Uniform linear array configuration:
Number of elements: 48
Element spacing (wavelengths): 0.5
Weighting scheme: kaiser
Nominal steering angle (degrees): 30
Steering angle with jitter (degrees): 31.958
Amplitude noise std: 0.05
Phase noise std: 0.05

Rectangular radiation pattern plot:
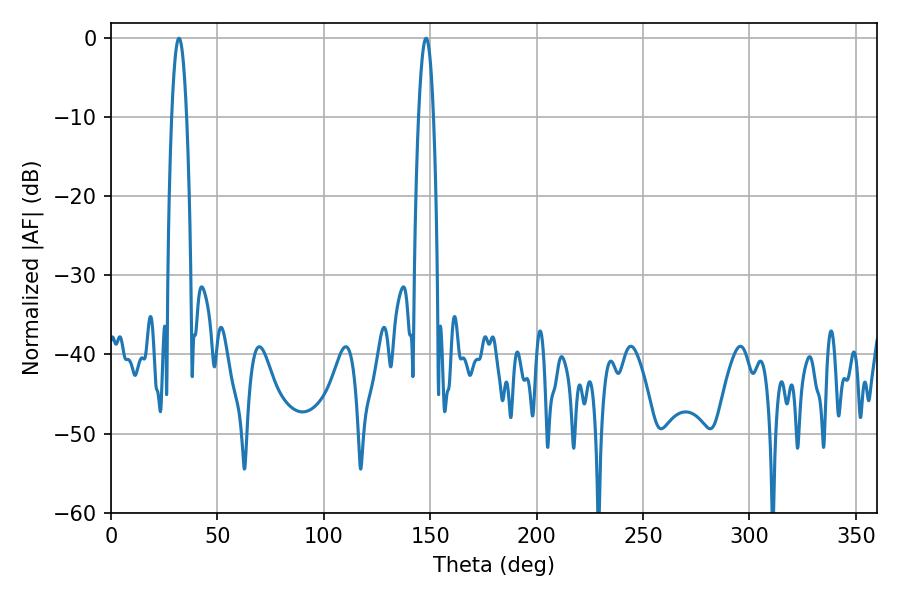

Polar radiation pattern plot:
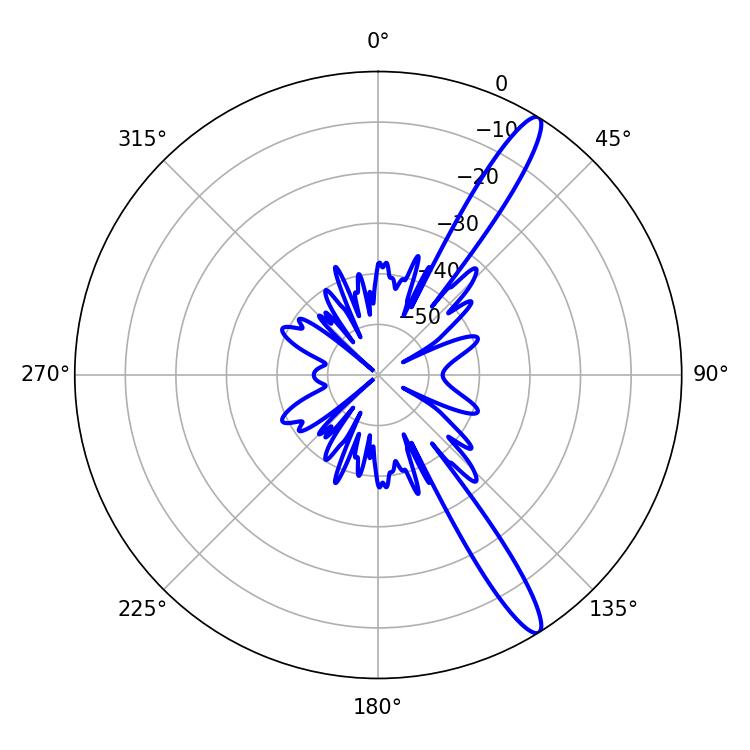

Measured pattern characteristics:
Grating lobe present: FALSE
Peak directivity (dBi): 14.11
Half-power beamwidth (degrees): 3.78
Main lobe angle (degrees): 148.14